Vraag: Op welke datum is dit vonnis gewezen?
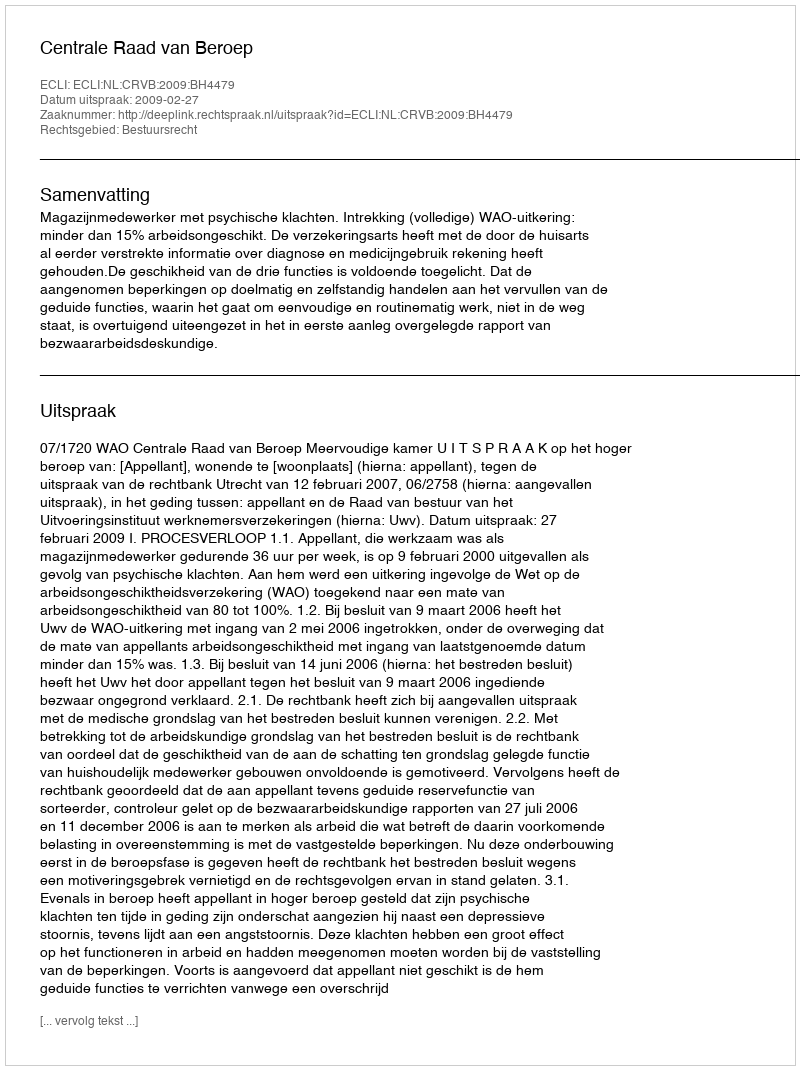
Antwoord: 2009-02-27